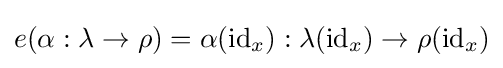
e(\alpha :\lambda \to \rho )=\alpha (\operatorname {id} _{x}):\lambda (\operatorname {id} _{x})\to \rho (\operatorname {id} _{x})